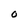
Character: O